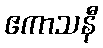
ဧကာသနီ